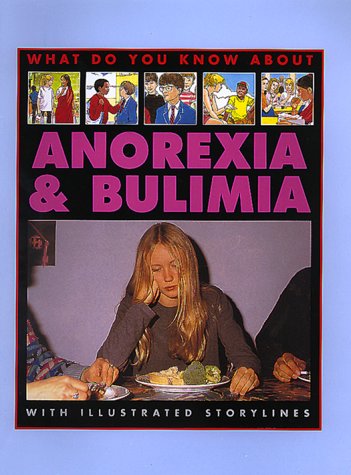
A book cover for Anorexia And Bulimia (What Do You Know About); Pete Sanders; Health, Fitness & Dieting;